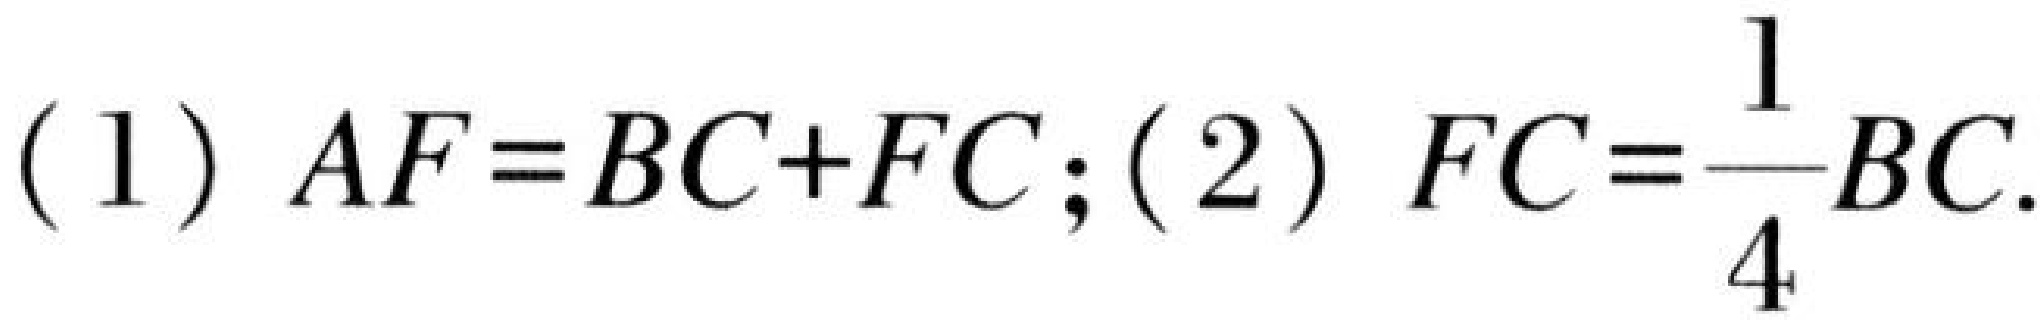
(1) \(AF = BC + FC\); (2) \(FC=\dfrac{1}{4}BC\).